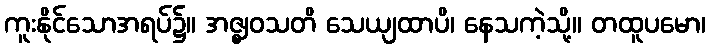
ကူးနိုင်သောအရပ်၌။ အဇ္ဈဝသတိ သေယျထာပိ၊ နေသကဲ့သို့။ တထူပမော၊